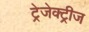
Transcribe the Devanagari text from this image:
ट्रेजेक्ट्रीज